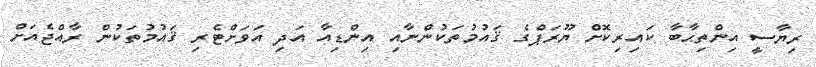
ރިޔާސީ އިންތިޙާބާ ކައިރިކޮށް ޔޫރަޕްގެ ޤައުމުތަކުންނާއި އިންޑިއާ އަދި އަވަށްޓެރި ޤައުމުތަކުން ރާއްޖެއަށް